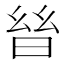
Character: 𣌳